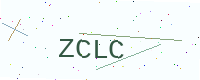
Text: ZCLC